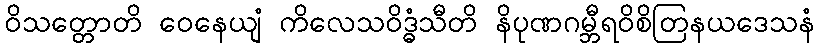
ဝိသတ္တောတိ ဝေနေယျံ ကိလေသဝိဒ္ဓံသီတိ နိပုဏဂမ္ဘီရဝိစိတြနယဒေသနံ